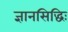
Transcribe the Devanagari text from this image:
ज्ञानसिद्धिः